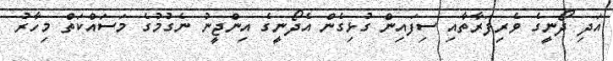
އަދި ދޯނީގެ ވެރިފަރާތާއި ސިފައިން ގުޅިގެން އެދޯނީގެ އިންޖީނު ނެގުމުގެ މަސައްކަތް މިހާރު